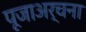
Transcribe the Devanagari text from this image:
पूजाअर्चना